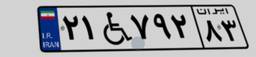
۲۱W۷۹۲۸۳